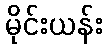
မိုင်းယန်း